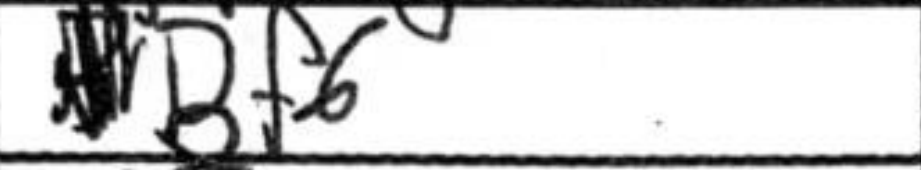
Transcription: Bf6